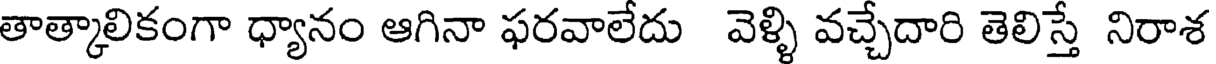
తాత్కాలికంగా ధ్యానం ఆగినా ఫరవాలేదు వెళ్ళి వచ్చేదారి తెలిస్తే నిరాశ